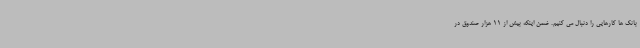
بانک ها کارهایی را دنبال می کنیم. ضمن اینکه بیش از 11 هزار صندوق در